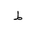
Letter: _da